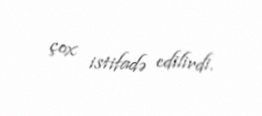
çox istifadə edilirdi.